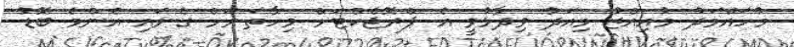
މުހައްމަދު މުއިއްޒު މިއަދު ވިދާޅުވީ އެ ޕްރޮޖެކްޓަށް މިހާތަނަށް ގެނައި އެންމެ ބޮޑު